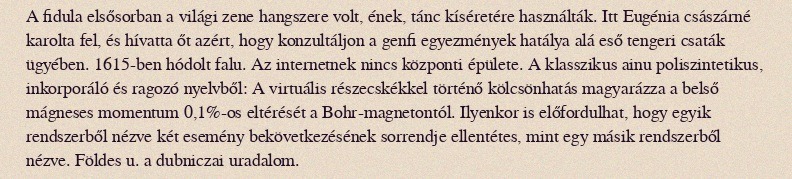
A fidula elsősorban a világi zene hangszere volt, ének, tánc kíséretére használták. Itt Eugénia császárné karolta fel, és hívatta őt azért, hogy konzultáljon a genfi egyezmények hatálya alá eső tengeri csaták ügyében. 1615-ben hódolt falu. Az internetnek nincs központi épülete. A klasszikus ainu poliszintetikus, inkorporáló és ragozó nyelvből: A virtuális részecskékkel történő kölcsönhatás magyarázza a belső mágneses momentum 0,1%-os eltérését a Bohr-magnetontól. Ilyenkor is előfordulhat, hogy egyik rendszerből nézve két esemény bekövetkezésének sorrendje ellentétes, mint egy másik rendszerből nézve. Földes u. a dubniczai uradalom.